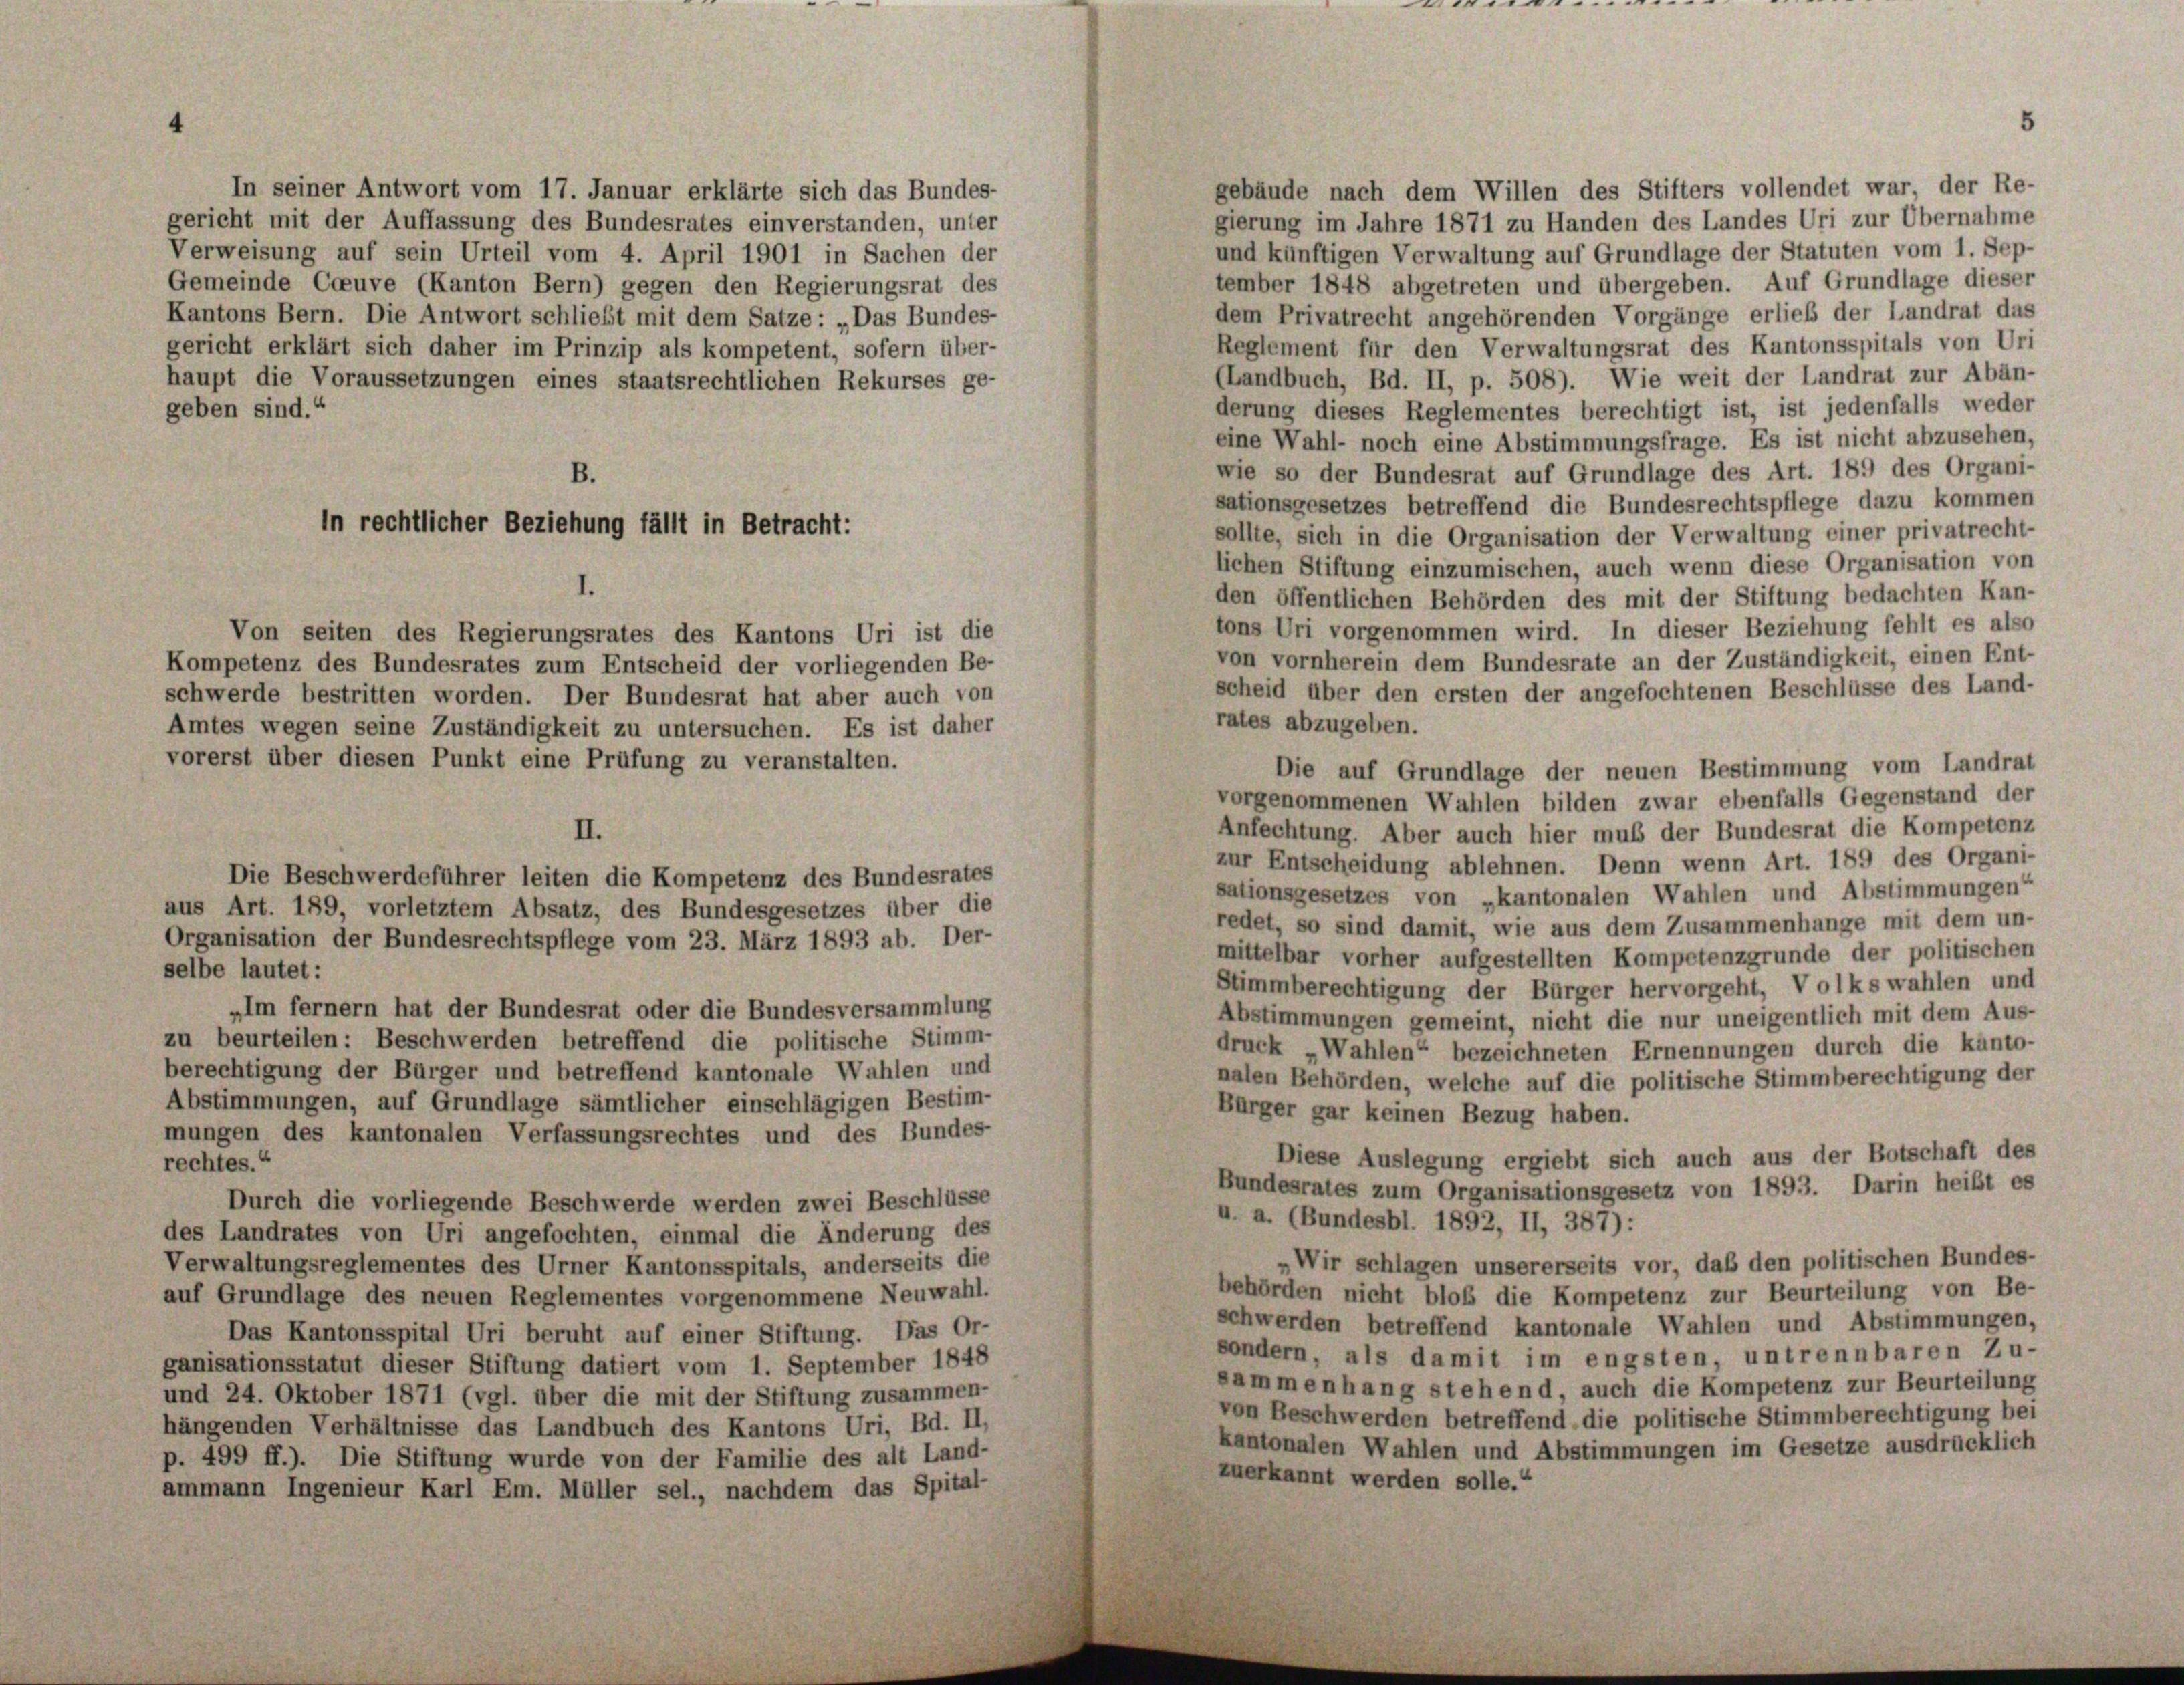
In seiner Antwort vom 17. Januar erklärte sich das Bundes-
gierung im Jahre 1871 zu Handen des Landes Uri zur Übernahme
gericht mit der Auffassung des Bundesrates einverstanden, unter
und künftigen Verwaltung auf Grundlage der Statuten vom 1. Sep-
Verweisung auf sein Urteil vom 4. April 1901 in Sachen der
tember 1848 abgetreten und übergeben. Auf Grundlage dieser
Gemeinde Cceuve (Kanton Bern) gegen den Regierungsrat des
dem Privatrecht angehörenden Vorgänge erlieb der Landrat das
Kantons Bern. Die Antwort schließt mit dem Satze: „Das Bundes-
Reglement für den Verwaltungsrat des Kantonsspitals von Uri
gericht erklärt sich daher im Prinzip als kompetent, sofern über-
(Landbuch, Bd. II, p. 508). Wie weit der Landrat zur Abän-
haupt die Voraussetzungen eines staatsrechtlichen Rekurses ge-
derung dieses Reglementes berechtigt ist, ist jedenfalls weder
geben sind.“
eine Wahl- noch eine Abstimmungsfrage. Es ist nicht abzusehen,
wie so der Bundesrat auf Grundlage des Art. 189 des Organi-
sationsgesetzes betreffend die Bundesrechtspflege dazu kommen
sollte, sich in die Organisation der Verwaltung einer privatrecht-
lichen Stiftung einzumischen, auch wenn diese Organisation von
I.
den öffentlichen Behörden des mit der Stiftung bedachten Kan-
tons Uri vorgenommen wird. In dieser Beziehung fehlt es also
Von seiten des Regierungsrates des Kantons Uri ist die
von vornherein dem Bundesrate an der Zuständigkeit, einen Ent-
Kompetenz des Bundesrates zum Entscheid der vorliegenden Be-
scheid über den ersten der angefochtenen Beschlüsse des Land-
schwerde bestritten worden. Der Bundesrat hat aber auch von
rates abzugeben.
Amtes wegen seine Zuständigkeit zu untersuchen. Es ist daher
vorerst über diesen Punkt eine Prüfung zu veranstalten.
Die auf Grundlage der neuen Bestimmung vom Landrat
vorgenommenen Wahlen bilden zwar ebenfalls Gegenstand der
Anfechtung. Aber auch hier muß der Bundesrat die Kompetenz
II.
zur Entscheidung ablehnen. Denn wenn Art. 189 des Organi-
Die Beschwerdeführer leiten die Kompetenz des Bundesrates
sationsgesetzes von „kantonalen Wahlen und Abstimmungen
aus Art. 189, vorletztem Absatz, des Bundesgesetzes über die
redet, so sind damit, wie aus dem Zusammenhänge mit dem un-
Organisation der Bundesrechtspflege vom 23. März 1893 ab. Der-
mittelbar vorher aufgestellten Kompetenzgrunde der politischen
selbe lautet:
Stimmberechtigung der Bürger hervorgeht, Volkswahlen und
„Im fernem hat der Bundesrat oder die Bundesversammlung
Abstimmungen gemeint, nicht die nur uneigentlich mit dem Aus-
zu beurteilen: Beschwerden betreffend die politische Stimm-
druck „Wahlen“ bezeichneten Ernennungen durch die kanto-
berechtigung der Bürger und betreffend kantonale Wahlen und
nalen Behörden, welche auf die politische Stimmberechtigung der
Abstimmungen, auf Grundlage sämtlicher einschlägigen Bestim-
Bürger gar keinen Bezug haben.
mungen des kantonalen Verfassungsrechtes und des Bundes-
Diese Auslegung ergiebt sich auch aus der Botschaft des
rechtes.“
Bundesrates zum Organisationsgesetz von 1893. Darin heißt es
Durch die vorliegende Beschwerde werden zwei Beschlüsse
u. a. (Bundesbl. 1892, II, 387):
des Landrates von Uri angefochten, einmal die Änderung des
„Wir schlagen unsererseits vor, daß den politischen Bundes-
Verwaltungsreglementes des Urner Kantonsspitals, anderseits die
behörden nicht bloß die Kompetenz zur Beurteilung von Be-
auf Grundlage des neuen Reglementes vorgenommene Neuwahl.
schwerden betreffend kantonale Wahlen und Abstimmungen,
Das Kantonsspital Uri beruht auf einer Stiftung. Das Or-
sondern, als damit im engsten, untrennbaren Zu-
ganisationsstatut dieser Stiftung datiert vom 1. September 1848
sammenhang stehend, auch die Kompetenz zur Beurteilung
und 24. Oktober 1871 (vgl. über die mit der Stiftung zusammen-
von Beschwerden betreffend die politische Stimmberechtigung bei
hängenden Verhältnisse das Landbuch des Kantons Uri, Bd. II,
kantonalen Wahlen und Abstimmungen im Gesetze ausdrücklich
p. 499 ff.). Die Stiftung wurde von der Familie des alt Land-
zuerkannt werden solle.“
ammann Ingenieur Karl Em. Müller sel., nachdem das Spital-

B
in rechtlicher Beziehung fällt in Betracht:

gebäude nach dem Willen des Stifters vollendet war, der Re-